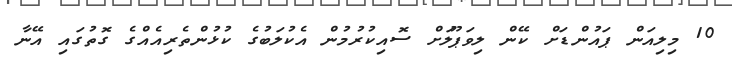
10 މިލިއަން ޕައުންޑަށް ކޭން ލިވަޕޫލަށް ސޮއިކުރުމުން އެކުލަބުގެ ކުޅުންތެރިއެއްގެ ގޮތުގައި އޭނާ